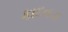
કાદવડા